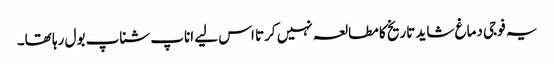
یہ فوجی دماغ شاید تاریخ کا مطالعہ نہیں کرتا اس لیے اناپ شناپ بول رہا تھا۔